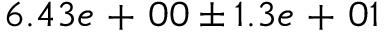
6 . 4 3 e \mathrm { ~ + ~ } 0 0 \pm 1 . 3 e \mathrm { ~ + ~ } 0 1